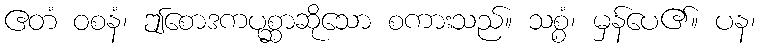
ဧတံ ဝစနံ၊ ဤစောဒကပုစ္ဆာဆိုသော စကားသည်။ သစ္စံ၊ မှန်ပေ၏။ ပန၊